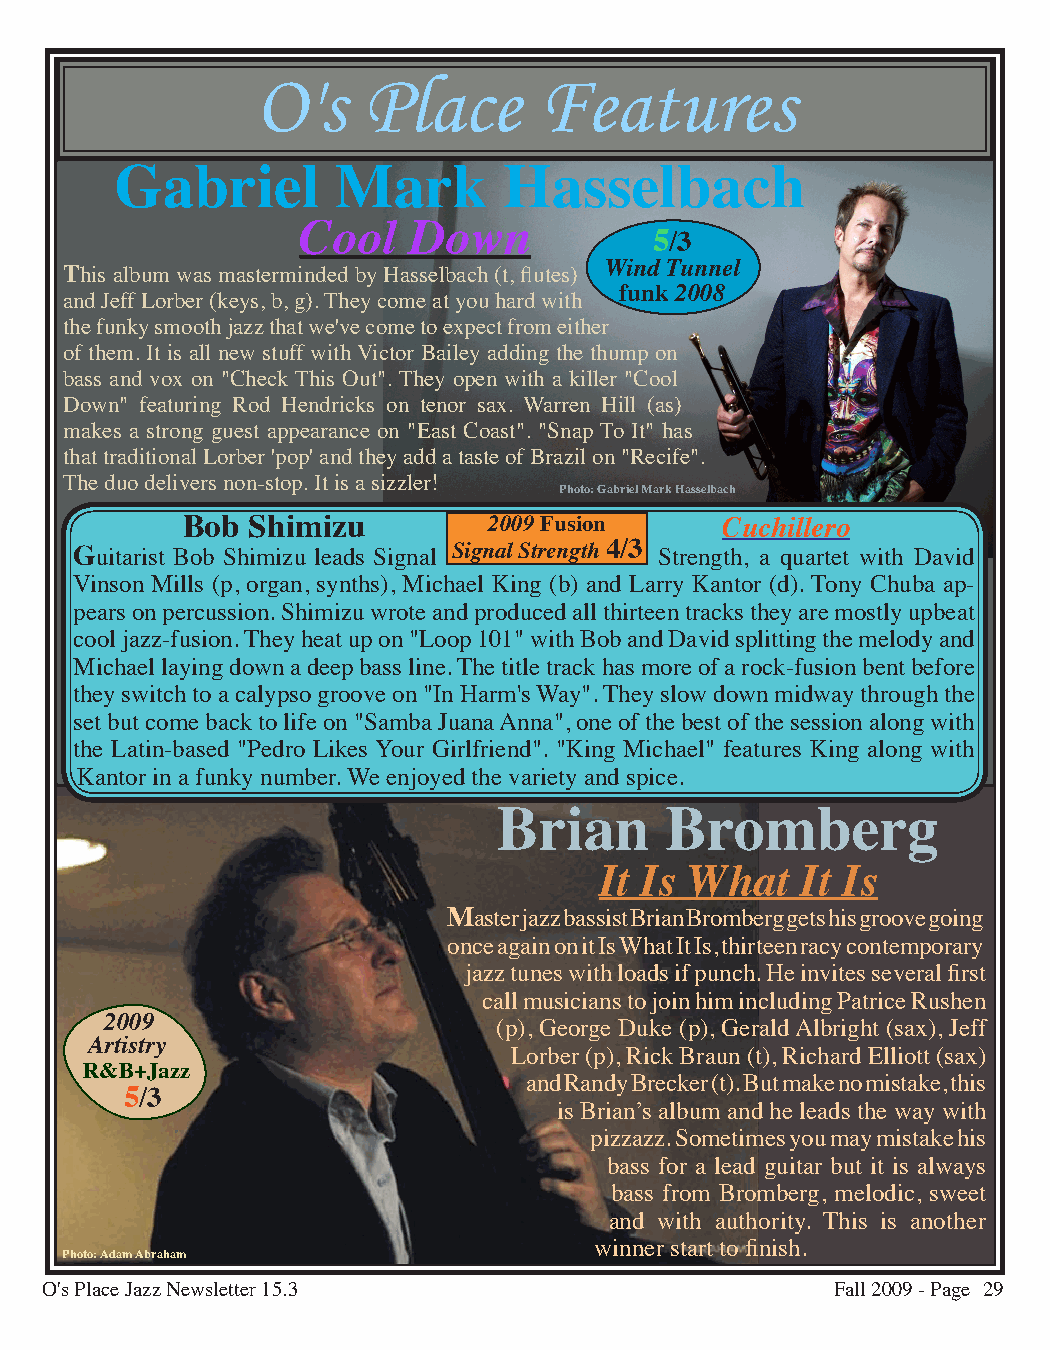
O's    Place       Features
 Gabriel       Mark       Hasselbach
 Cool   Down            5/3
 This album was masterminded by Hasselbach (t, flutes) Wind Tunnel
 funk 2008
 and Jeff Lorber (keys, b, g). They come at you hard with
 the funky smooth jazz that we've come to expect from either
 of them. It is all new stuff with Victor Bailey adding the thump on
 bass and vox on "Check This Out". They open with a killer "Cool
 Down" featuring Rod Hendricks on tenor sax. Warren Hill (as)
 makes a strong guest appearance on "East Coast". "Snap To It" has
 that traditional Lorber 'pop' and they add a taste of Brazil on "Recife".
 The duo delivers non-stop. It is a sizzler!
 Photo: Gabriel Mark Hasselbach
 Bob Shimizu         2009 Fusion     Cuchillero
 Guitarist Bob Shimizu leads Signal Signal Strength 4/3 Strength, a quartet with David
 Vinson Mills (p, organ, synths), Michael King (b) and Larry Kantor (d). Tony Chuba ap-
 pears on percussion. Shimizu wrote and produced all thirteen tracks they are mostly upbeat
 cool jazz-fusion. They heat up on "Loop 101" with Bob and David splitting the melody and
 Michael laying down a deep bass line. The title track has more of a rock-fusion bent before
 they switch to a calypso groove on "In Harm's Way". They slow down midway through the
 set but come back to life on "Samba Juana Anna", one of the best of the session along with
 the Latin-based "Pedro Likes Your Girlfriend". "King Michael" features King along with
 Kantor in a funky number. We enjoyed the variety and spice.
 Brian      Bromberg
 It Is What   It Is
 Master jazz bassist Brian Bromberg gets his groove going
 once again on it Is What It Is, thirteen racy contemporary
 jazz tunes with loads if punch. He invites several first
 call musicians to join him including Patrice Rushen
 2009                      (p), George Duke (p), Gerald Albright (sax), Jeff
 Artistry
 Lorber (p), Rick Braun (t), Richard Elliott (sax)
 R&B+Jazz
 and Randy Brecker (t). But make no mistake, this
 5/3
 is Brian’s album and he leads the way with
 pizzazz. Sometimes you may mistake his
 bass for a lead guitar but it is always
 bass from Bromberg, melodic, sweet
 and with authority. This is another
 winner start to finish.
 Photo: Adam Abraham
 O's Place Jazz Newsletter 15.3                      Fall 2009 - Page 29